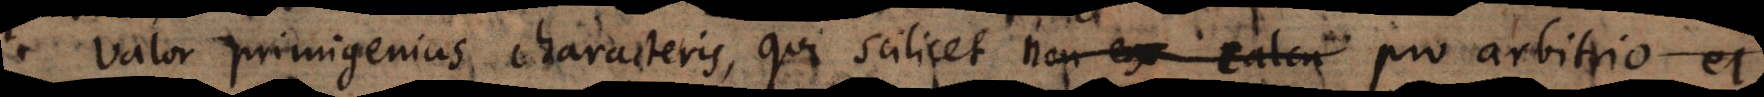
Valor primigenius characteris, qui scilicet non ex calcu pro arbitrio ei